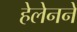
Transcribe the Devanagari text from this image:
हेलेनने